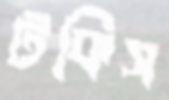
টকিস